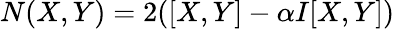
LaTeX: N(X,Y)=2([X,Y]-\alpha I[X,Y])